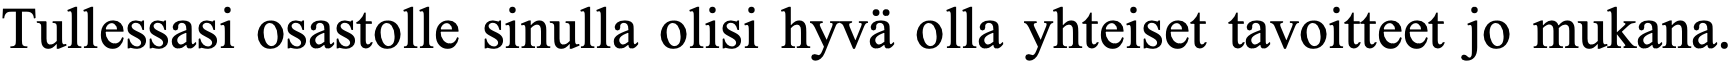
Tullessasi osastolle sinulla olisi hyvä olla yhteiset tavoitteet jo mukana.